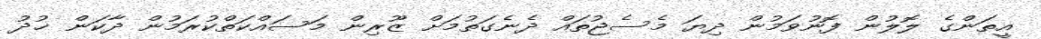
އީތަންގެ ލޮލުން ފޮނުވަމުން ދިޔަ މެސެޖުތައް ދެނެގަތުމަށް ޒޫރިން މަސައްކަތްކުރަމުން ދާކަން ޚުދު